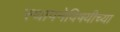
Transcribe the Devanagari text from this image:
स्थापनेविषयीच्या